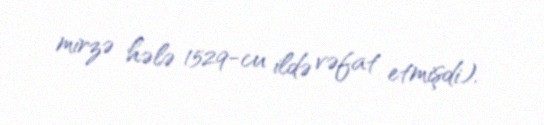
mirzə hələ 1529-cu ildə vəfat etmişdi).